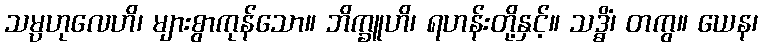
သမ္ပဟုလေဟိ၊ များစွာကုန်သော။ ဘိက္ခူဟိ၊ ရဟန်းတို့နှင့်။ သဒ္ဓိံ၊ တကွ။ ယေန၊